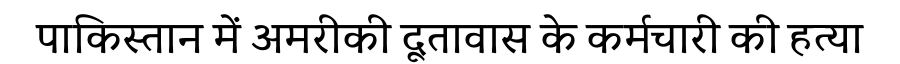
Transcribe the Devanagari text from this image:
पाकिस्तान में अमरीकी दूतावास के कर्मचारी की हत्या